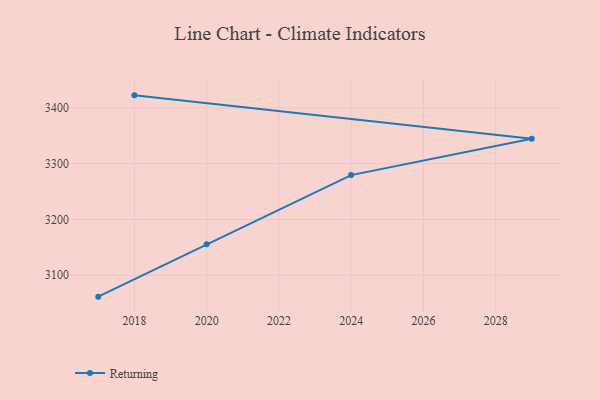
{"axis": {"x": "Year", "y": "Page Views"}, "legend": ["Returning"], "data": [{"x": "2017", "y": 3061.6, "type": "Returning"}, {"x": "2020", "y": 3155.3, "type": "Returning"}, {"x": "2024", "y": 3279.4, "type": "Returning"}, {"x": "2029", "y": 3344.5, "type": "Returning"}, {"x": "2018", "y": 3422.3, "type": "Returning"}]}